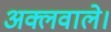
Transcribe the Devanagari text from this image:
अक्लवाले।